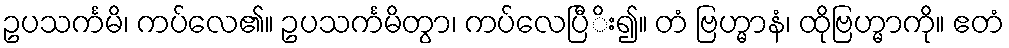
ဥပသင်္ကမိ၊ ကပ်လေ၏။ ဥပသင်္ကမိတွာ၊ ကပ်လေပြီိး၍။ တံ ဗြဟ္မာနံ၊ ထိုဗြဟ္မာကို။ ဧတံ